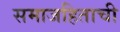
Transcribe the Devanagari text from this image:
समाजहिताची